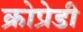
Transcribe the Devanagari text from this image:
क्रोप्रेडी